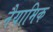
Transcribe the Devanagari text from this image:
नैयामिक